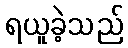
ရယူခဲ့သည်